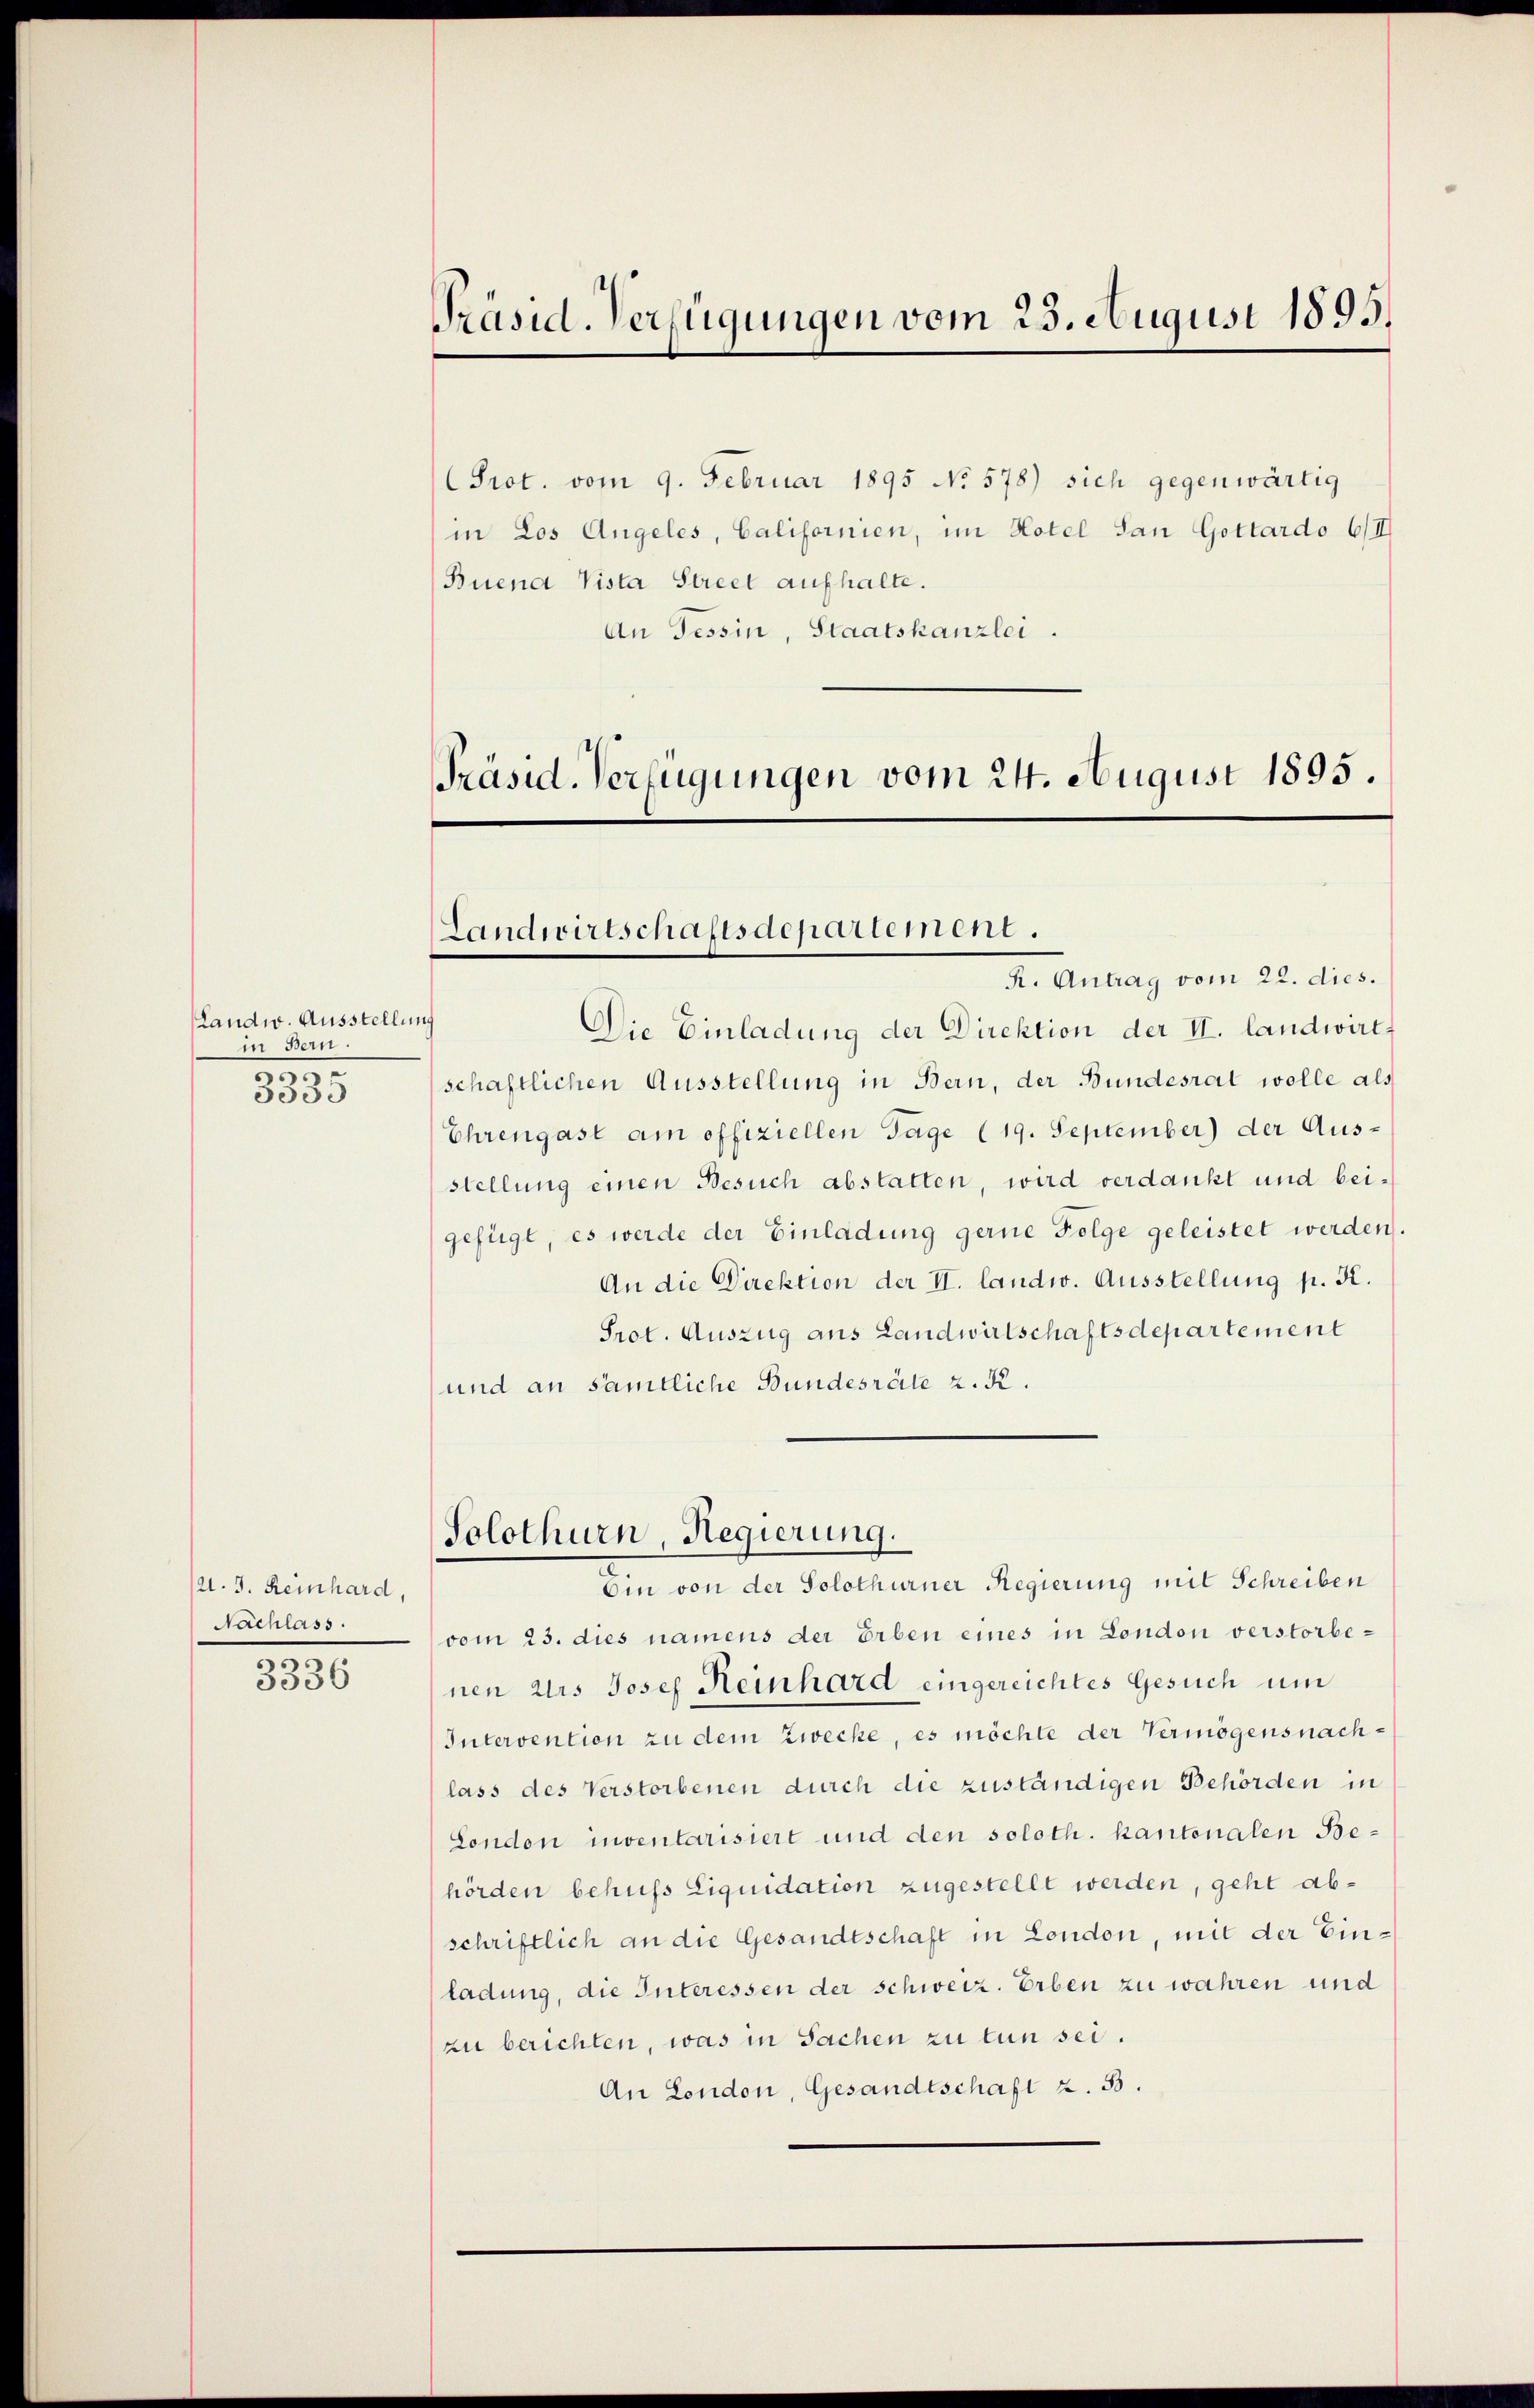
Landw. Ausstellung
in Bern.
.
3335

A. J. Reinhard,
Nachlass.
.

3336

Präsid. Verfügungen vom 23. August 1895.

Prot. vom 9. Februar 1895 No 578) sich gegenwärtig
in Los Angeles, Californien, im Hotel San Gottardo 6/III
Buena Vista Street aufhalte.
An Tessin, Staatskanzlei.

Präsid. Verfügungen vom 24. August 1895.

Landwirtschaftsdepartement.

R. Antrag vom 22. dies.
Die Einladung der Direktion der II. landwirtschaftlichen Ausstellung in Bern, der Bundesrat wolle als
Ehrengast am offiziellen Tage (19. September) der Ausstellung einen Besuch abstatten, wird verdankt und beigefügt, es werde der Einladung gerne Folge geleistet werden.
An die Direktion der II. landw. Ausstellung p. K.
Prot. Auszug aus Landwirtschaftsdepartement
und an sämtliche Bundesräte z. R.

Solothurn, Regierung.
e

Ein von der Solothurner Regierung mit Schreiben
vom 23. dies namens der Erben eines in London verstorbenen Urs Josef Reinhard eingereichtes Gesuch um
Intervention zu dem Zwecke, es möchte der Vermögensnachlass des Verstorbenen durch die zuständigen Behörden in
London inventarisiert und den soloth. Kantonalen Behörden behufs Liquidation zugestellt werden, geht abschriftlich an die Gesandtschaft in London, mit der Einladung, die Interessen der schweiz. Erben zu wahren und
zu berichten, was in Sachen zu tun sei.
An London, Gesandtschaft z. B.